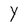
Character: Y